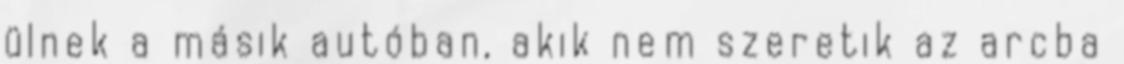
ülnek a másik autóban, akik nem szeretik az arcba